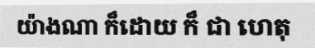
យ៉ាងណា ក៏ដោយ ក៏ ជា ហេតុ